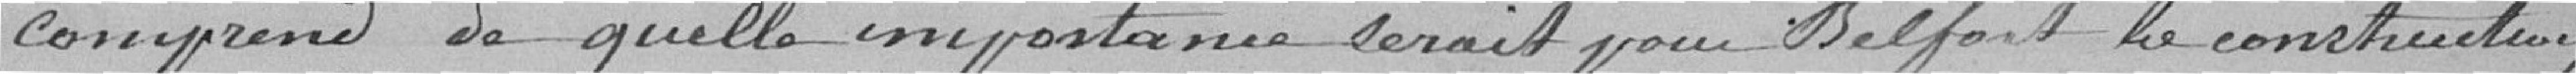
comprend de quelle importance serait pour Belfort la construction,